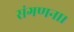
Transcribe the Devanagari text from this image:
संगणना।